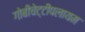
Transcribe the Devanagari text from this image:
गोबीचेट्टीपलायम